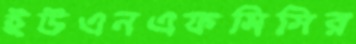
ইউএনএফসিসির